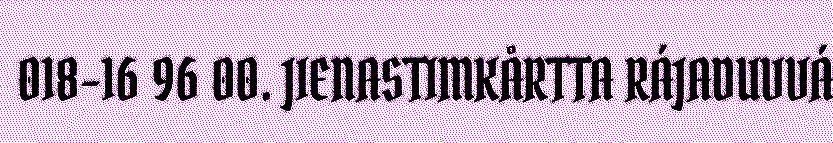
018-16 96 00. JIENASTIMKÅRTTA RÁJADUVVÁ